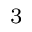
^ 3